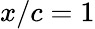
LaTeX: x/c=1